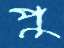
পু